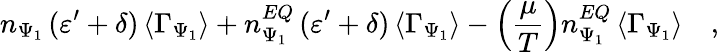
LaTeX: n_{\Psi_{1}}\, (\varepsilon^{\prime}+\delta)\, \langle\Gamma_{\Psi_{1}}\rangle+n_{\Psi_{1}}^{EQ}\, (\varepsilon^{\prime}+\delta)\, \langle\Gamma_{\Psi_{1}}\rangle-\left(\frac{\mu}{T}\right)n_{\Psi_{1}}^{EQ}\, \langle\Gamma_{\Psi_{1}}\rangle\quad,